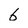
Character: 6